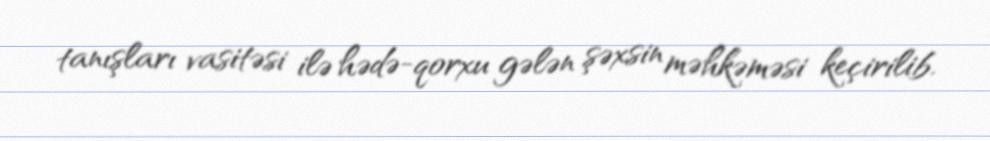
tanışları vasitəsi ilə hədə-qorxu gələn şəxsin məhkəməsi keçirilib.